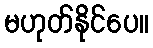
မဟုတ်နိုင်ပေ။